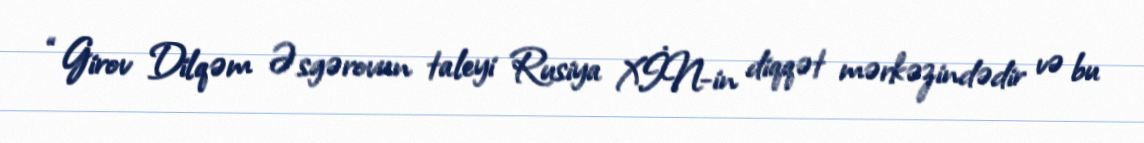
“Girov Dilqəm Əsgərovun taleyi Rusiya XİN-in diqqət mərkəzindədir və bu